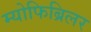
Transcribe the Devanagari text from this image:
म्योफिब्रिलर